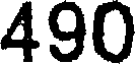
490